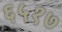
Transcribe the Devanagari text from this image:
६५१७